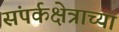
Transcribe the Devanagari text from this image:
संपर्कक्षेत्राच्या